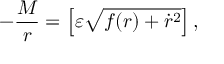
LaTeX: - \frac { M } { r } = \left[ \varepsilon \sqrt { f ( r ) + \dot { r } ^ { 2 } } \right] ,